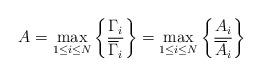
LaTeX: \begin{align*} A_{} = \max \limits_{ 1 \leq i \leq N} \left\{\frac{\Gamma_{i}}{\overline{\Gamma}_{i}}\right\} = \max \limits_{ 1 \leq i \leq N} \left\{\frac{A_{i}}{\overline{A}_{i}}\right\}\end{align*}